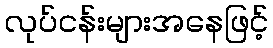
လုပ်ငန်းများအနေဖြင့်